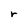
Character: r